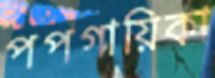
পপগায়িকা